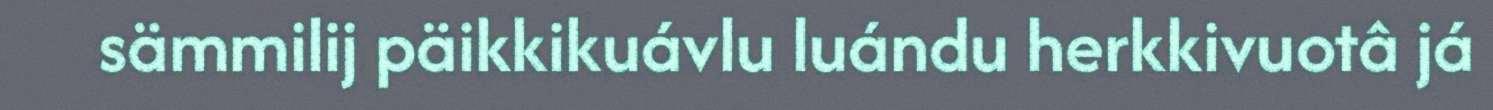
sämmilij päikkikuávlu luándu herkkivuotâ já